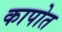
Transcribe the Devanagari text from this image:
कापोत